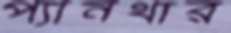
প্যানথার